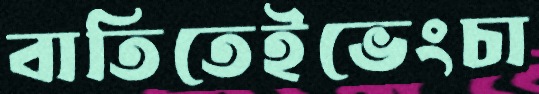
বাতিতেইভেংচা